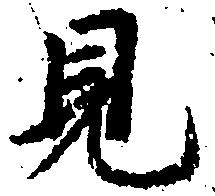
見